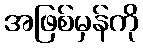
အဖြစ်မှန်ကို